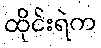
ထိုင်းရဲက